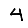
Digit: 4